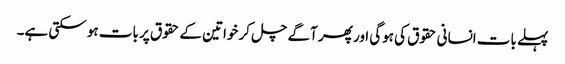
پہلے بات انسانی حقوق کی ہوگی اور پھر آگے چل کر خواتین کے حقوق پر بات ہو سکتی ہے۔